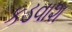
કડવાશ